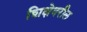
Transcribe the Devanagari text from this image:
शिक्षेवरील